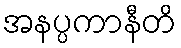
အနပ္ပကာနီတိ